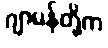
ဂျာမန်တို့က